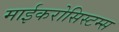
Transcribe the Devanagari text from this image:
माईकरोसिस्टम्स